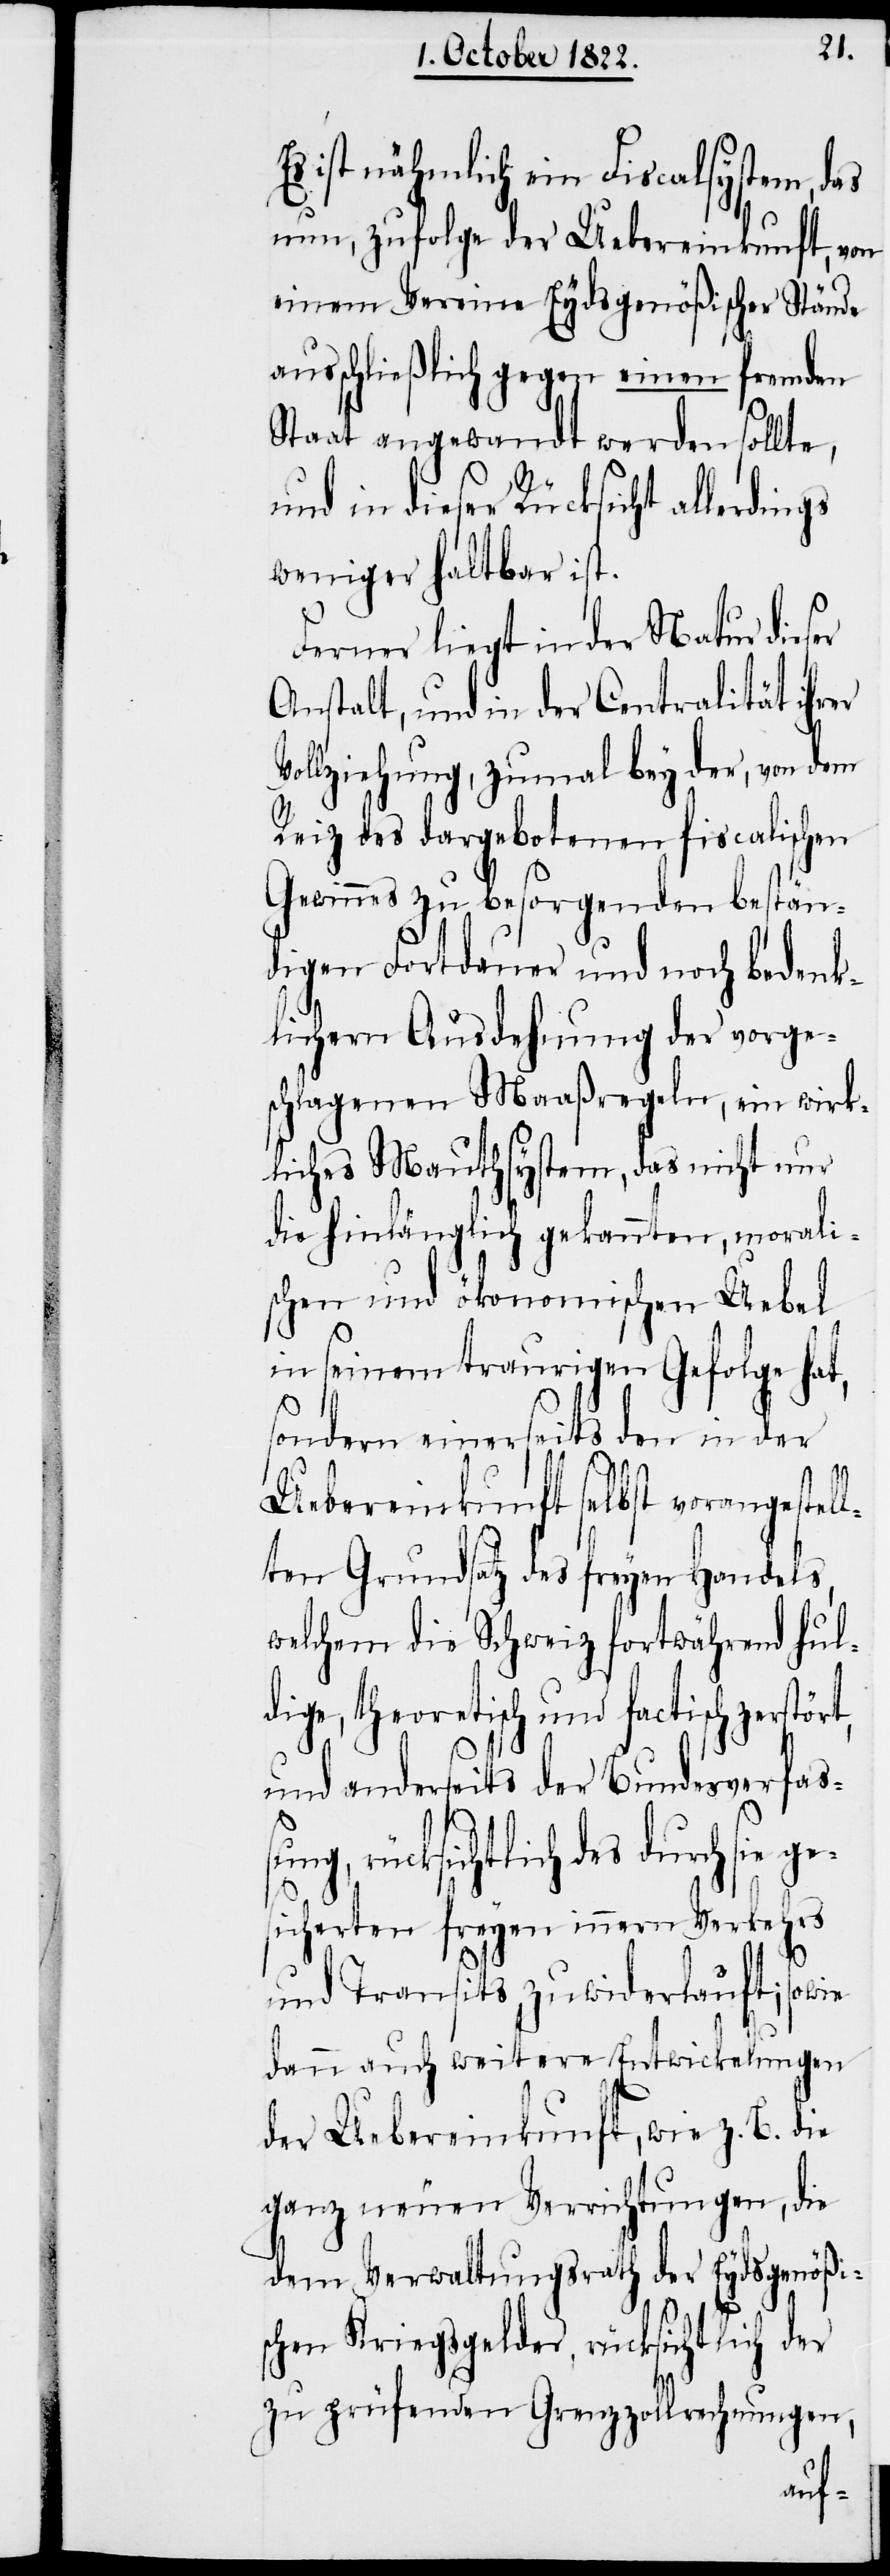
rt,
Es ist nähmlich ein Fiscalsystem, das
nun, zufolge der Uebereinkunft, von
einem Vereine Eydsgenößischer Stände
ausschließlich gegen einen fremden
Staat angewandt werden sollte,
und in dieser Rücksicht allerdings
weniger haltbar ist.
Ferner liegt in der Natur dieser
Anstalt, und in der Contralität ihrer
Vollziehung, zumal bey der, von dem
Reiz des dargebotenen fiscalischen
Gewinnes zu besorgenden bestän¬
digen Fortdauer und noch bedenk¬
lichern Ausdehnung der vorge¬
schlagenen Maaßregeln, ein wirk¬
liches Mauthsystem, das nicht nur
die hinlänglich gekannten, morali¬
schen und ökonomischen Uebel
in seinem traurigen Gefolge hat,
sondern einerseits den in der
Uebereinkunft selbst vorangestel¬
lten Grundsatz des freyen Handels,
welchem die Schweiz fortwährend hul¬
dige, theoretisch und factisch zerstö¬
und anderseits der Bundesverfaß¬
ung, rücksichtlich des durch sie
sicherten freyen innern Verkehrs
und Transits zuwiderlauft; sowie
dann auch weitere Entwickelungen
der Uebereinkunft, wie z. B. die
ganz neuen Verrichtungen, die
dem Verwaltungsrath der Eydsgenößi¬
schen Kriegsgelder, rücksichtlich der
zu prüfenden Grenzzollrechnungen,
ge¬